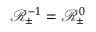
\mathscr { R } _ { \pm } ^ { - 1 } = \mathscr { R } _ { \pm } ^ { 0 }